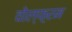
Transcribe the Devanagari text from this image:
वोल्फ़्रम